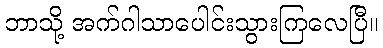
ဘာသို့ အက်ဂါသာပေါင်းသွားကြလေပြီ။